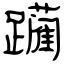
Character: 躏